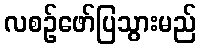
လစဉ်ဖော်ပြသွားမည်